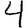
Digit: 4